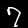
Label: 7